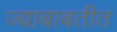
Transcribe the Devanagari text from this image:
ज्याबाबतीत